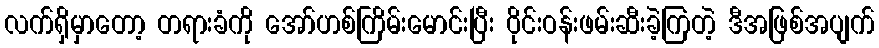
လက်ရှိမှာတော့ တရားခံကို အော်ဟစ်ကြိမ်းမောင်းပြီး ဝိုင်းဝန်းဖမ်းဆီးခဲ့ကြတဲ့ ဒီအဖြစ်အပျက်